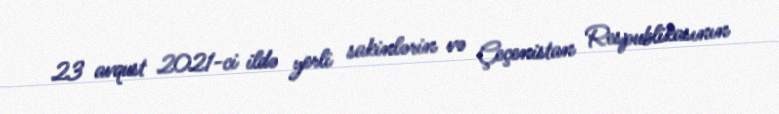
23 avqust 2021-ci ildə yerli sakinlərin və Çeçenistan Respublikasının